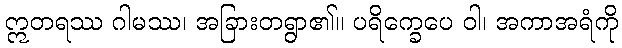
ဣတရဿ ဂါမဿ၊ အခြားတရွာ၏။ ပရိက္ခေပေ ဝါ၊ အကာအရံကို